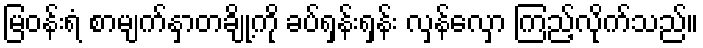
မြဝန်းရံ စာမျက်နှာတချို့ကို ခပ်ရှန်းရှန်း လှန်လှော ကြည့်လိုက်သည်။